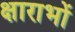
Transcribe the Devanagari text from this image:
क्षाराभों